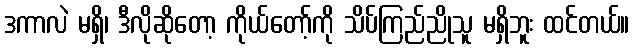
ဒကာလဲ မရှိ၊ ဒီလိုဆိုတော့ ကိုယ်တော့်ကို သိပ်ကြည်ညိုသူ မရှိဘူး ထင်တယ်။